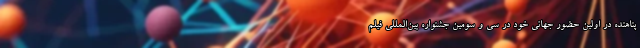
پناهنده در اولین حضور جهانی خود در سی و سومین جشنواره بین‌المللی فیلم